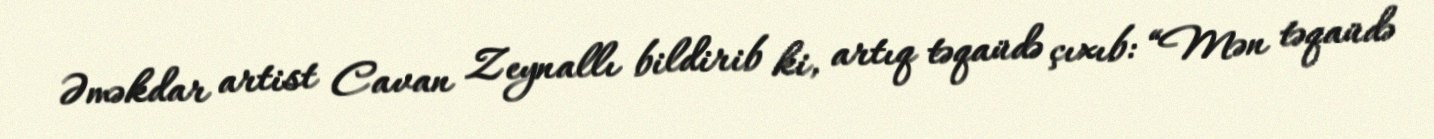
Əməkdar artist Cavan Zeynallı bildirib ki, artıq təqaüdə çıxıb: “Mən təqaüdə